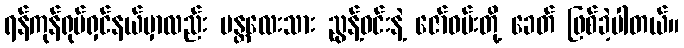
ရန်ကုန်ရုပ်ရှင်နယ်မှာလည်း မန္တလေးသား ညွန့်ဝင်းနဲ့ ဇော်ဝမ်းတို့ ခေတ် ဖြစ်ခဲ့ပါတယ်။